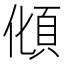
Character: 𩑭